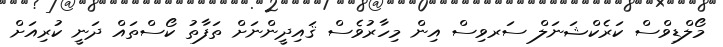
މޯލްޑިވްސް ކަރެކްޝަނަލް ސަރވިސް އިން މިހާރުވެސް ޤައިދީންނަށް ތަފާތު ކޯސްތައް ދަނީ ކުރިއަށް